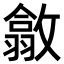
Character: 𢿴